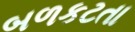
બળકટતા